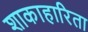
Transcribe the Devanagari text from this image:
शाकाहारिता